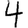
Digit: 4